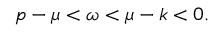
p - \mu < \omega < \mu - k < 0 .